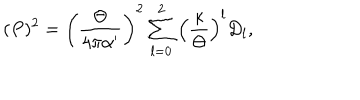
( P ) ^ { 2 } = \left( { \frac { \Theta } { 4 \pi \alpha ^ { \prime } } } \right) ^ { 2 } \sum _ { l = 0 } ^ { 2 } \left( \frac { \kappa } { \Theta } \right) ^ { l } D _ { l } ,